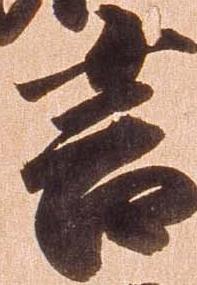
言